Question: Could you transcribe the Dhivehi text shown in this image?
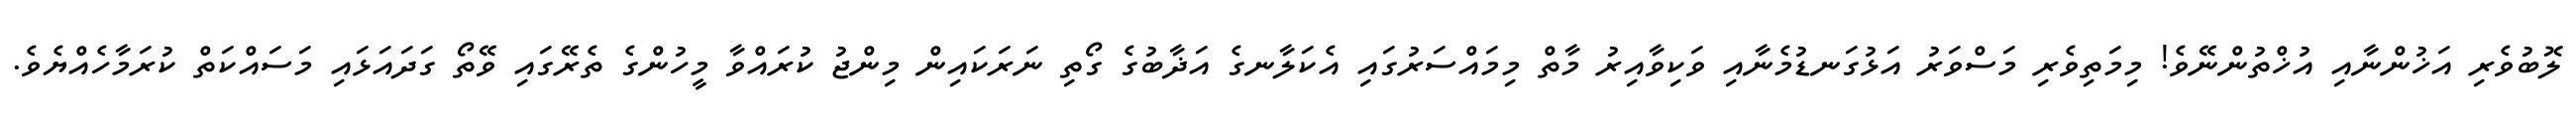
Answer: ލޮބުވެރި އަޚުންނާއި އުޚްތުންނޭވެ! މިމަތިވެރި މަސްވަރު އަޅުގަނޑުމެނާއި ވަކިވާއިރު މާތް މިމައްސަރުގައި އެކަލާނގެ އަޛާބުގެ ގޯތި ނަރަކައިން މިންޖު ކުރައްވާ މީހުންގެ ތެރޭގައި ވޭތޯ ގަދައަޅައި މަސައްކަތް ކުރަމާހެއްޔެވެ.